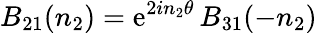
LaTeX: B_{21}(n_{2})=\mathrm{e}^{2in_{2}\theta}\, B_{31}(-n_{2})